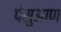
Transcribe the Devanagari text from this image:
पंसुआण